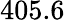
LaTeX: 405.6